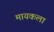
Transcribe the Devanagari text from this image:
मायकला